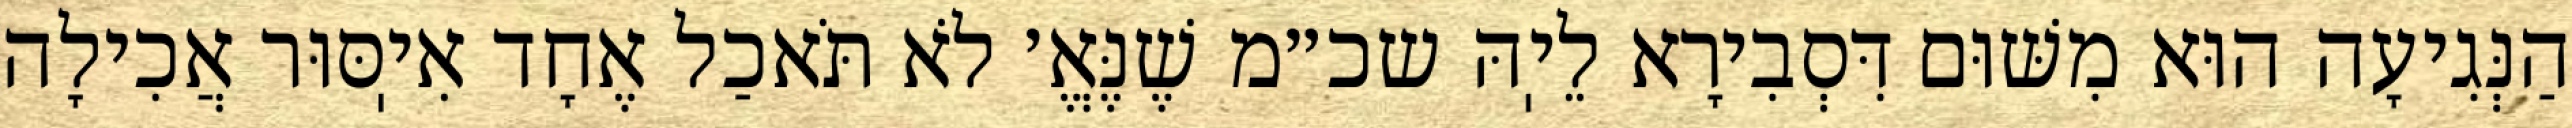
הַנְּגִיעָה הוּא מִשּׁוּם דִּסְבִירָא לֵיֽהּ שכ״מ שֶׁנֶּאֱ׳ לֹא תֹּאכַל אֶחָד אִיֽסּוּר אֲכִילָה